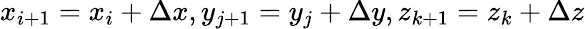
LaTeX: x_{i+1}=x_{i}+\Delta x,y_{j+1}=y_{j}+\Delta y,z_{k+1}=z_{k}+\Delta z